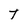
Character: t